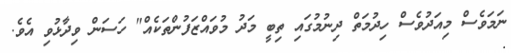
ނަމަވެސް މިއަދުވެސް ހިދުމަތް ދިނުމުގައި ތިބީ މަދު މުވައްޒަފުންތަކެއް" ހަސަން ވިދާޅުވި އެވެ.